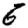
Digit: 6